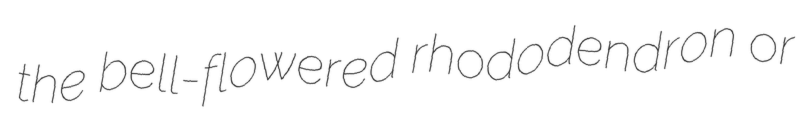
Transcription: the bell-flowered rhododendron or